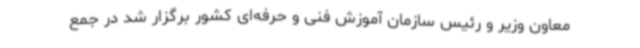
معاون وزیر و رئیس سازمان آموزش فنی و حرفه‌ای کشور برگزار شد در جمع